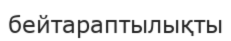
бейтараптылықты